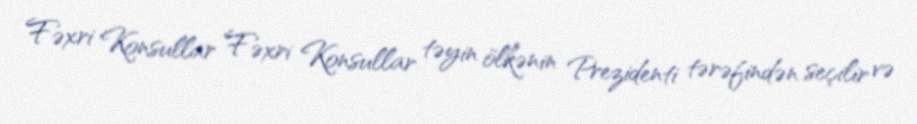
Fəxri Konsullar Fəxri Konsullar təyin ölkənin Prezidenti tərəfindən seçilir və